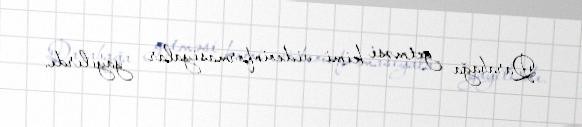
Qarabağa getməsi kimi videoinformasiyalar yayılırdı.